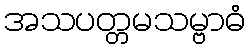
အသပတ္တမသမ္ဗာဓံ